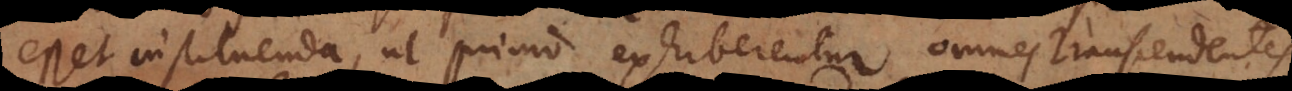
esset instituenda, ut primo exhiberentur omnes Transcendent